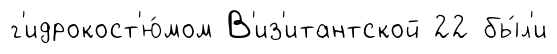
г'идрокост'ю́мом В'из'итантской 22 бы́л'и